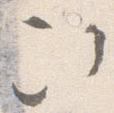
次